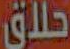
حلاق